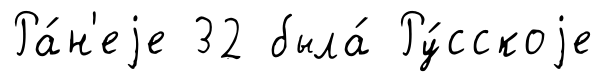
Ра́н'еjе 32 была́ Ру́сскоjе